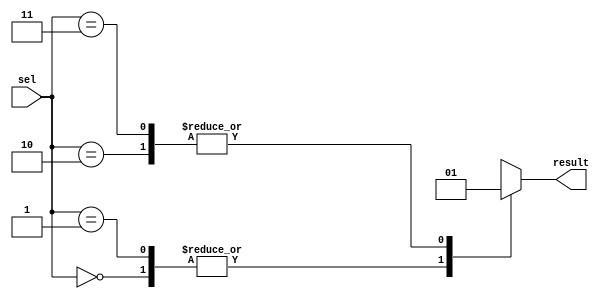
module simple_case_example (
    input wire [1:0] sel,
    output result
);

    always @(*) begin
        case (sel)
            2'b00: result = 1'b0;  // 当 sel 为 00 时，result 等于 a + b
            2'b01: result = 1'b0;  // 当 sel 为 01 时，result 等于 a - b
            2'b10: result = 1'b1;  // 当 sel 为 10 时，result 等于 a 和 b 的按位与
            2'b11: result = 1'b1;  // 当 sel 为 11 时，result 等于 a 和 b 的按位或
            default: result = 1'b0; // 默认情况下，result 为 0
        endcase
    end

endmodule